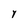
Character: Y